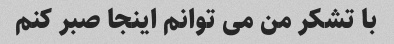
با تشکر من می توانم اینجا صبر کنم